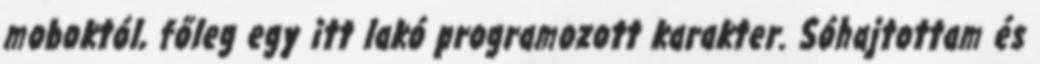
moboktól, főleg egy itt lakó programozott karakter. Sóhajtottam és